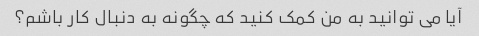
آیا می توانید به من کمک کنید که چگونه به دنبال کار باشم؟